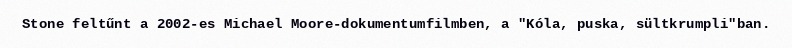
Stone feltűnt a 2002-es Michael Moore-dokumentumfilmben, a "Kóla, puska, sültkrumpli"ban.